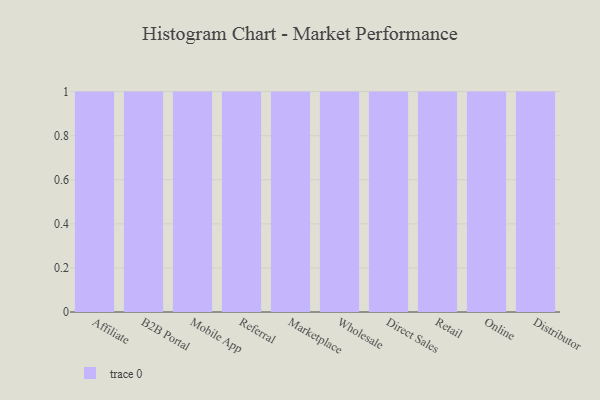
{"axis": {"x": "Channel", "y": "Energy Usage (MWh)"}, "legend": [""], "data": [{"x": "Affiliate", "y": 68, "type": ""}, {"x": "B2B Portal", "y": 70, "type": ""}, {"x": "Mobile App", "y": 75, "type": ""}, {"x": "Referral", "y": 37, "type": ""}, {"x": "Marketplace", "y": 49, "type": ""}, {"x": "Wholesale", "y": 40, "type": ""}, {"x": "Direct Sales", "y": 19, "type": ""}, {"x": "Retail", "y": 62, "type": ""}, {"x": "Online", "y": 18, "type": ""}, {"x": "Distributor", "y": 61, "type": ""}]}